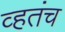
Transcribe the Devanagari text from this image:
व्हतंच